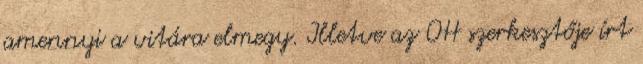
amennyi a vitára elmegy. Illetve az OH szerkesztője írt